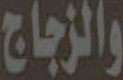
والزجاج